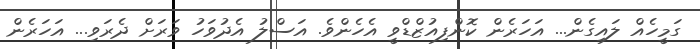
ގަމީހެއް ލައިގެން... އަހަރެން ކޮންފިއުޒްޑްވީ އެހެންވެ. އަސްލު އެދުވަހު ވަރަށް ދެރަވި... އަހަރެން